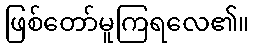
ဖြစ်တော်မူကြရလေ၏။